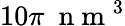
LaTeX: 10\pi~\mathrm{~n~m~}^{3}